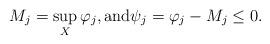
LaTeX: \begin{align*}M_j = \sup_X \varphi_j , \mbox{and} \psi_j = \varphi_j -M_j \leq 0.\end{align*}